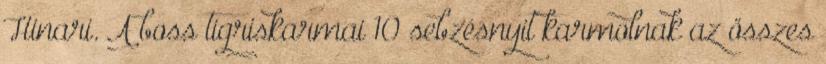
Hinari. A boss tigriskarmai 10 sebzésnyit karmolnak az összes